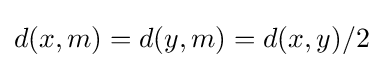
d(x,m)=d(y,m)=d(x,y)/2